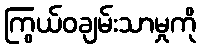
ကြွယ်ဝချမ်းသာမှုကို